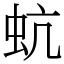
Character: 蚢